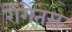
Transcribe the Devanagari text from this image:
रोंगेतस